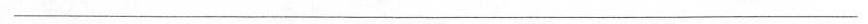
___